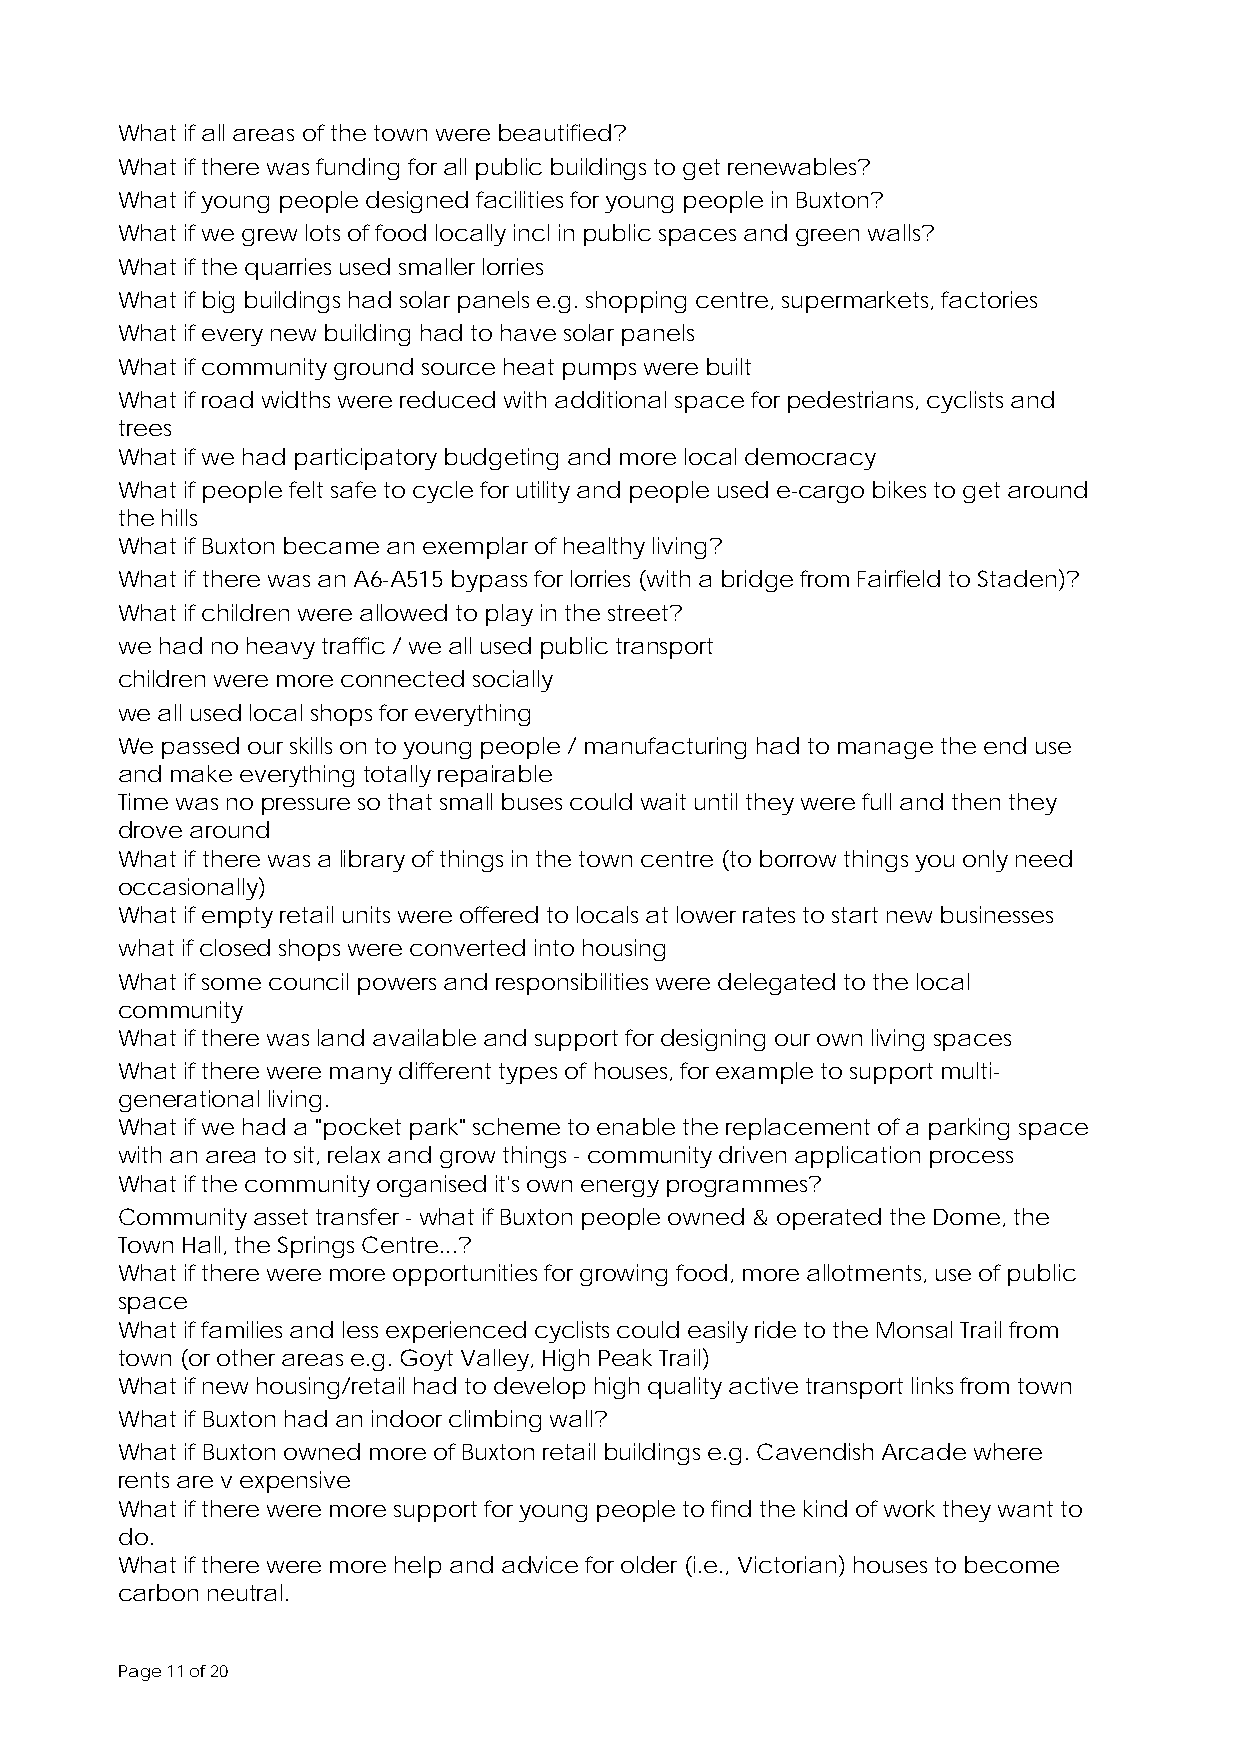
What if all areas of the town were beautified?
 What if there was funding for all public buildings to get renewables?
 What if young people designed facilities for young people in Buxton?
 What if we grew lots of food locally incl in public spaces and green walls?
 What if the quarries used smaller lorries
 What if big buildings had solar panels e.g. shopping centre, supermarkets, factories
 What if every new building had to have solar panels
 What if community ground source heat pumps were built
 What if road widths were reduced with additional space for pedestrians, cyclists and
 trees
 What if we had participatory budgeting and more local democracy
 What if people felt safe to cycle for utility and people used e-cargo bikes to get around
 the hills
 What if Buxton became an exemplar of healthy living?
 What if there was an A6-A515 bypass for lorries (with a bridge from Fairfield to Staden)?
 What if children were allowed to play in the street?
 we had no heavy traffic / we all used public transport
 children were more connected socially
 we all used local shops for everything
 We passed our skills on to young people / manufacturing had to manage the end use
 and make everything totally repairable
 Time was no pressure so that small buses could wait until they were full and then they
 drove around
 What if there was a library of things in the town centre (to borrow things you only need
 occasionally)
 What if empty retail units were offered to locals at lower rates to start new businesses
 what if closed shops were converted into housing
 What if some council powers and responsibilities were delegated to the local
 community
 What if there was land available and support for designing our own living spaces
 What if there were many different types of houses, for example to support multi-
 generational living.
 What if we had a "pocket park" scheme to enable the replacement of a parking space
 with an area to sit, relax and grow things - community driven application process
 What if the community organised it's own energy programmes?
 Community asset transfer - what if Buxton people owned & operated the Dome, the
 Town Hall, the Springs Centre...?
 What if there were more opportunities for growing food, more allotments, use of public
 space
 What if families and less experienced cyclists could easily ride to the Monsal Trail from
 town (or other areas e.g. Goyt Valley, High Peak Trail)
 What if new housing/retail had to develop high quality active transport links from town
 What if Buxton had an indoor climbing wall?
 What if Buxton owned more of Buxton retail buildings e.g. Cavendish Arcade where
 rents are v expensive
 What if there were more support for young people to find the kind of work they want to
 do.
 What if there were more help and advice for older (i.e., Victorian) houses to become
 carbon neutral.
 Page 11 of 20